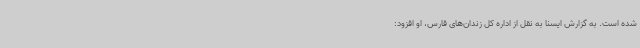
شده است. به گزارش ایسنا به نقل از اداره کل زندان‌های فارس، او افزود: